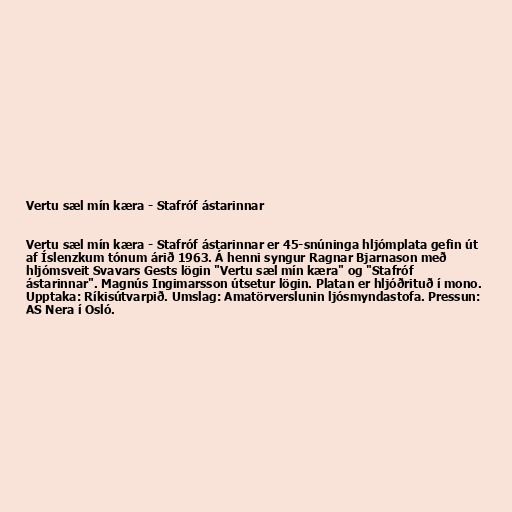
Vertu sæl mín kæra - Stafróf ástarinnar

Vertu sæl mín kæra - Stafróf ástarinnar er 45-snúninga hljómplata gefin út
af Íslenzkum tónum árið 1963. Á henni syngur Ragnar Bjarnason með
hljómsveit Svavars Gests lögin "Vertu sæl mín kæra" og "Stafróf
ástarinnar". Magnús Ingimarsson útsetur lögin. Platan er hljóðrituð í mono.
Upptaka: Ríkisútvarpið. Umslag: Amatörverslunin ljósmyndastofa. Pressun:
AS Nera í Osló.